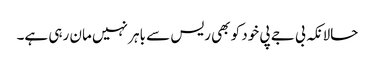
حالانکہ بی جے پی خود کو بھی ریس سے باہر نہیں مان رہی ہے۔